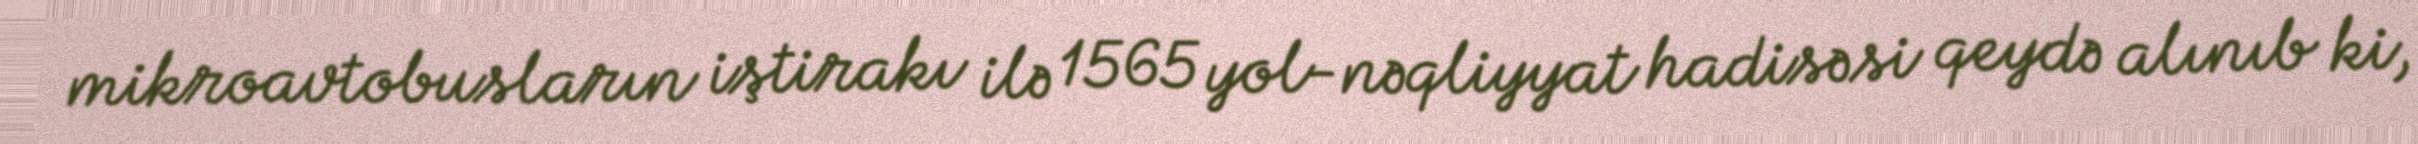
mikroavtobusların iştirakı ilə 1565 yol-nəqliyyat hadisəsi qeydə alınıb ki,